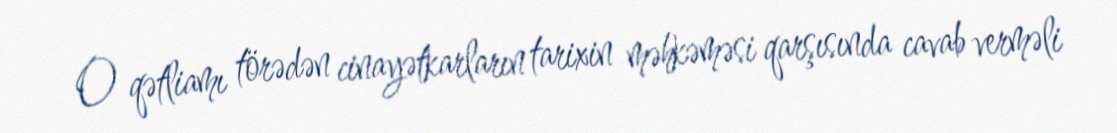
O qətliamı törədən cinayətkarların tarixin məhkəməsi qarşısında cavab verməli